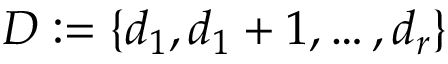
D : = \{ d _ { 1 } , d _ { 1 } + 1 , \dots , d _ { r } \}